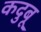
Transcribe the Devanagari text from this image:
कदुबू